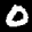
Label: 0